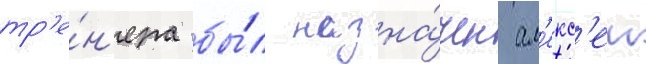
тр'е́н'ера бы́л назна́чен ал'екс'еи